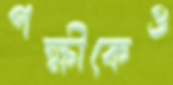
পক্ষীকেও